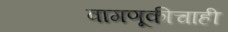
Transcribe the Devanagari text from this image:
वागणूकीचाही